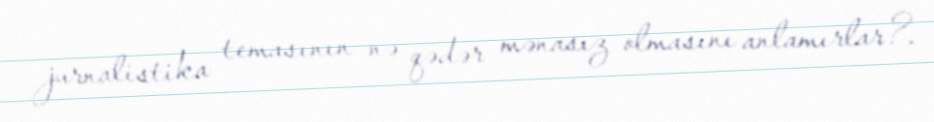
jurnalistika temasının nə qədər mənasız olmasını anlamırlar?.